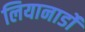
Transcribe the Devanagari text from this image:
लियानार्डो